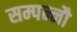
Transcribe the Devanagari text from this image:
सम्पन्नौ